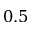
0 . 5